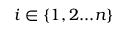
i \in \{ 1 , 2 . . . n \}